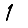
Digit: 1